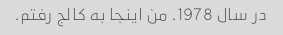
در سال 1978. من اینجا به کالج رفتم.